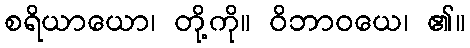
စရိယာယော၊ တို့ကို။ ဝိဘာဝယေ၊ ၏။